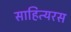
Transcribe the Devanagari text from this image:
साहित्यरस